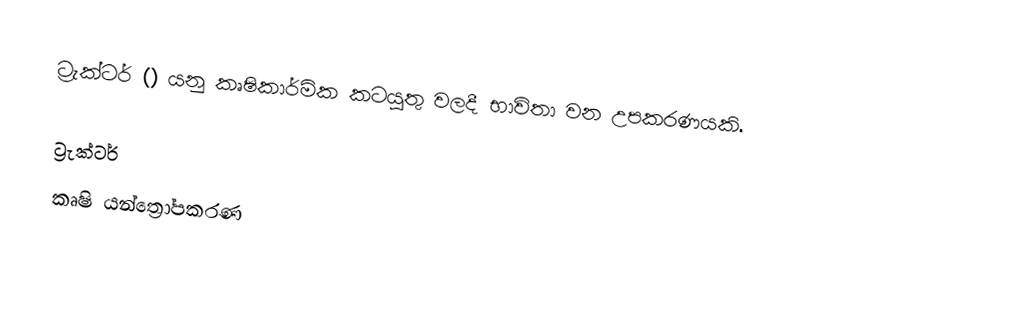
ට්‍රැක්ටර් () යනු කෘෂිකාර්මික කටයුතු වලදී භාවිතා වන උපකරණයකි.

ට්‍රැක්ටර්
කෘෂි යන්ත්‍රෝපකරණ